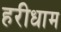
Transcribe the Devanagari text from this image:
हरीधाम